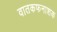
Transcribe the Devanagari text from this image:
वातकफनाशक